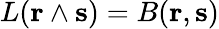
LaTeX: L(\mathbf{r}\wedge\mathbf{s})=B(\mathbf{r},\mathbf{s})